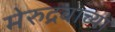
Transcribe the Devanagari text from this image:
मेरुद्रवाच्या